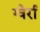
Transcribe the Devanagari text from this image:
ग्वेर्रा